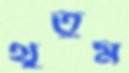
থুতুম